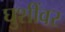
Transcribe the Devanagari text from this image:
घुशींवर